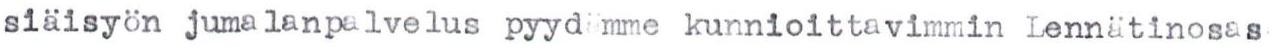
siäisyön jumalanpalvelus pyydämme kunnioittavimmin Lennätinosas